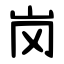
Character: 岗